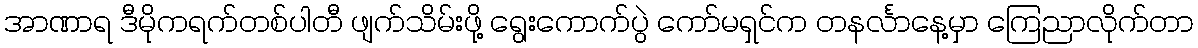
အာဏာရ ဒီမိုကရက်တစ်ပါတီ ဖျက်သိမ်းဖို့ ရွေးကောက်ပွဲ ကော်မရှင်က တနင်္လာနေ့မှာ ကြေညာလိုက်တာ